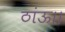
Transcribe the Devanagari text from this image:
ठांऊ।।